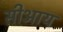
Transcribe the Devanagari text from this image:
सीआय